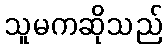
သူမကဆိုသည်